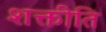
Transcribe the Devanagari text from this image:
शक्तीति